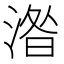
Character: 𣸄